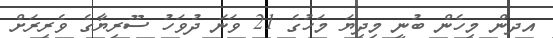
އދން މިހެން ބުނީ މިދިޔަ މަހުގެ 21 ވަނަ ދުވަހު ސޫރިޔާގެ ވެރިރަށް